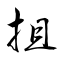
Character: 抯